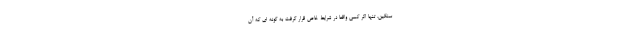
سنگین، تنها اگر کسی واقعاً در شرایط خاص قرار گرفت به گونه ای که آن